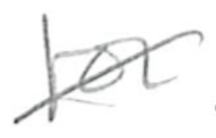
Text: for
Cross-out: diagonal
Writing tool: pencil